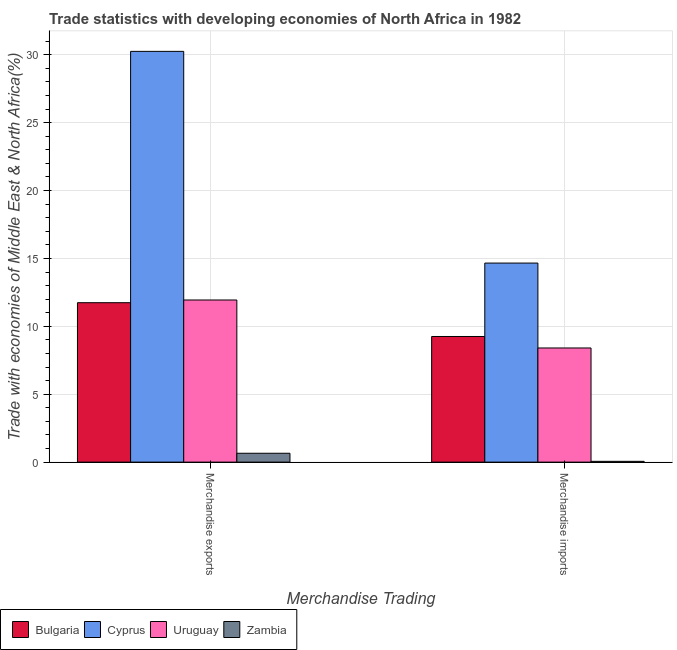
| Merchandise Trading | Bulgaria | Cyprus | Uruguay | Zambia |
 | --- | --- | --- | --- | --- |
 | Merchandise exports | 11.7 | 30.2 | 11.9 | 0.653 |
 | Merchandise imports | 9.25 | 14.7 | 8.41 | 0.0578 |